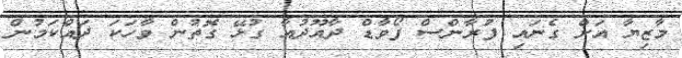
މާޒިޔާ އަށް ގެނައި ފުރާންސް ފޯވާޑް ދާއޫދުއާ ގުޅޭ ގޮތުން ވާހަކަ ދައްކަމުން